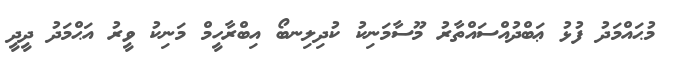
މުޙައްމަދު ފުޅު ޢަބްދުއްސައްތާރު މޫސާމަނިކު ކުދިލިނބޯ އިބްރާހީމް މަނިކު ވީރު އަޙްމަދު ދީދީ